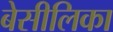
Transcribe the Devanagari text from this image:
बेसीलिका